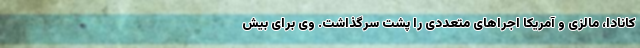
کانادا، مالزی و آمریکا اجراهای متعددی را پشت سرگذاشت. وی برای بیش